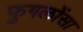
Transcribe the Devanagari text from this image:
फुगलोंसा